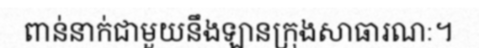
ពាន់នាក់ជាមួយនឹងឡានក្រុងសាធារណៈ។